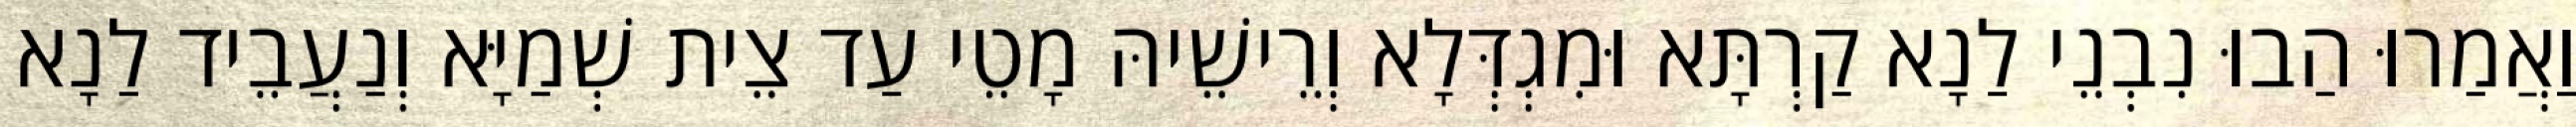
וַאֲמַרוּ הַבוּ נִבְנֵי לַנָא קַרְתָּא וּמִגְדְּלָא וְרֵישֵׁיהּ מָטֵי עַד צֵית שְׁמַיָּא וְנַעֲבֵיד לַנָא